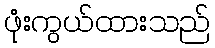
ဖုံးကွယ်ထားသည်